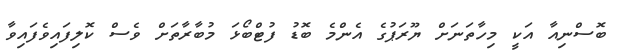
ބޮސްނިއާ އަކީ މިހާތަނަށް ޔޫރަޕުގެ އެންމެ ބޮޑު ފުޓްބޯޅަ މުބާރާތަށް ވެސް ކޮލިފައިވެފައިވާ